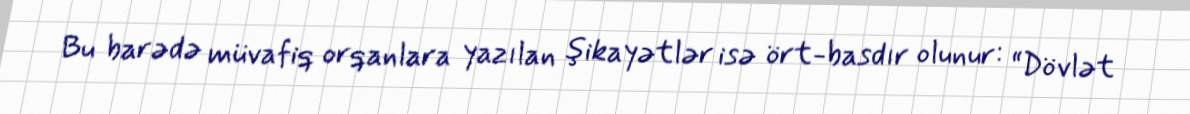
Bu barədə müvafiq orqanlara yazılan şikayətlər isə ört-basdır olunur: “Dövlət